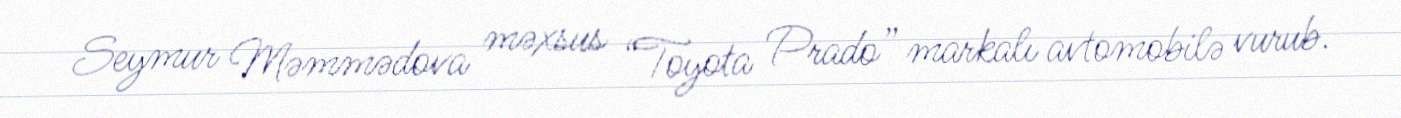
Seymur Məmmədova məxsus “Toyota Prado” markalı avtomobilə vurub.